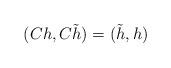
LaTeX: \begin{align*}(Ch, C\tilde h)=(\tilde h, h)\end{align*}